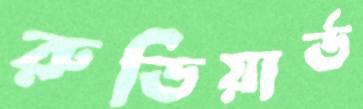
রুডিয়ার্ড